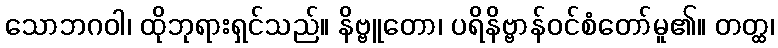
သောဘဂဝါ၊ ထိုဘုရားရှင်သည်။ နိဗ္ဗူတော၊ ပရိနိဗ္ဗာန်ဝင်စံတော်မူ၏။ တတ္ထ၊